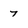
Character: 7